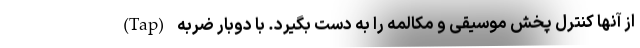
از آنها کنترل پخش موسیقی و مکالمه را به دست بگیرد. با دوبار ضربه (Tap)